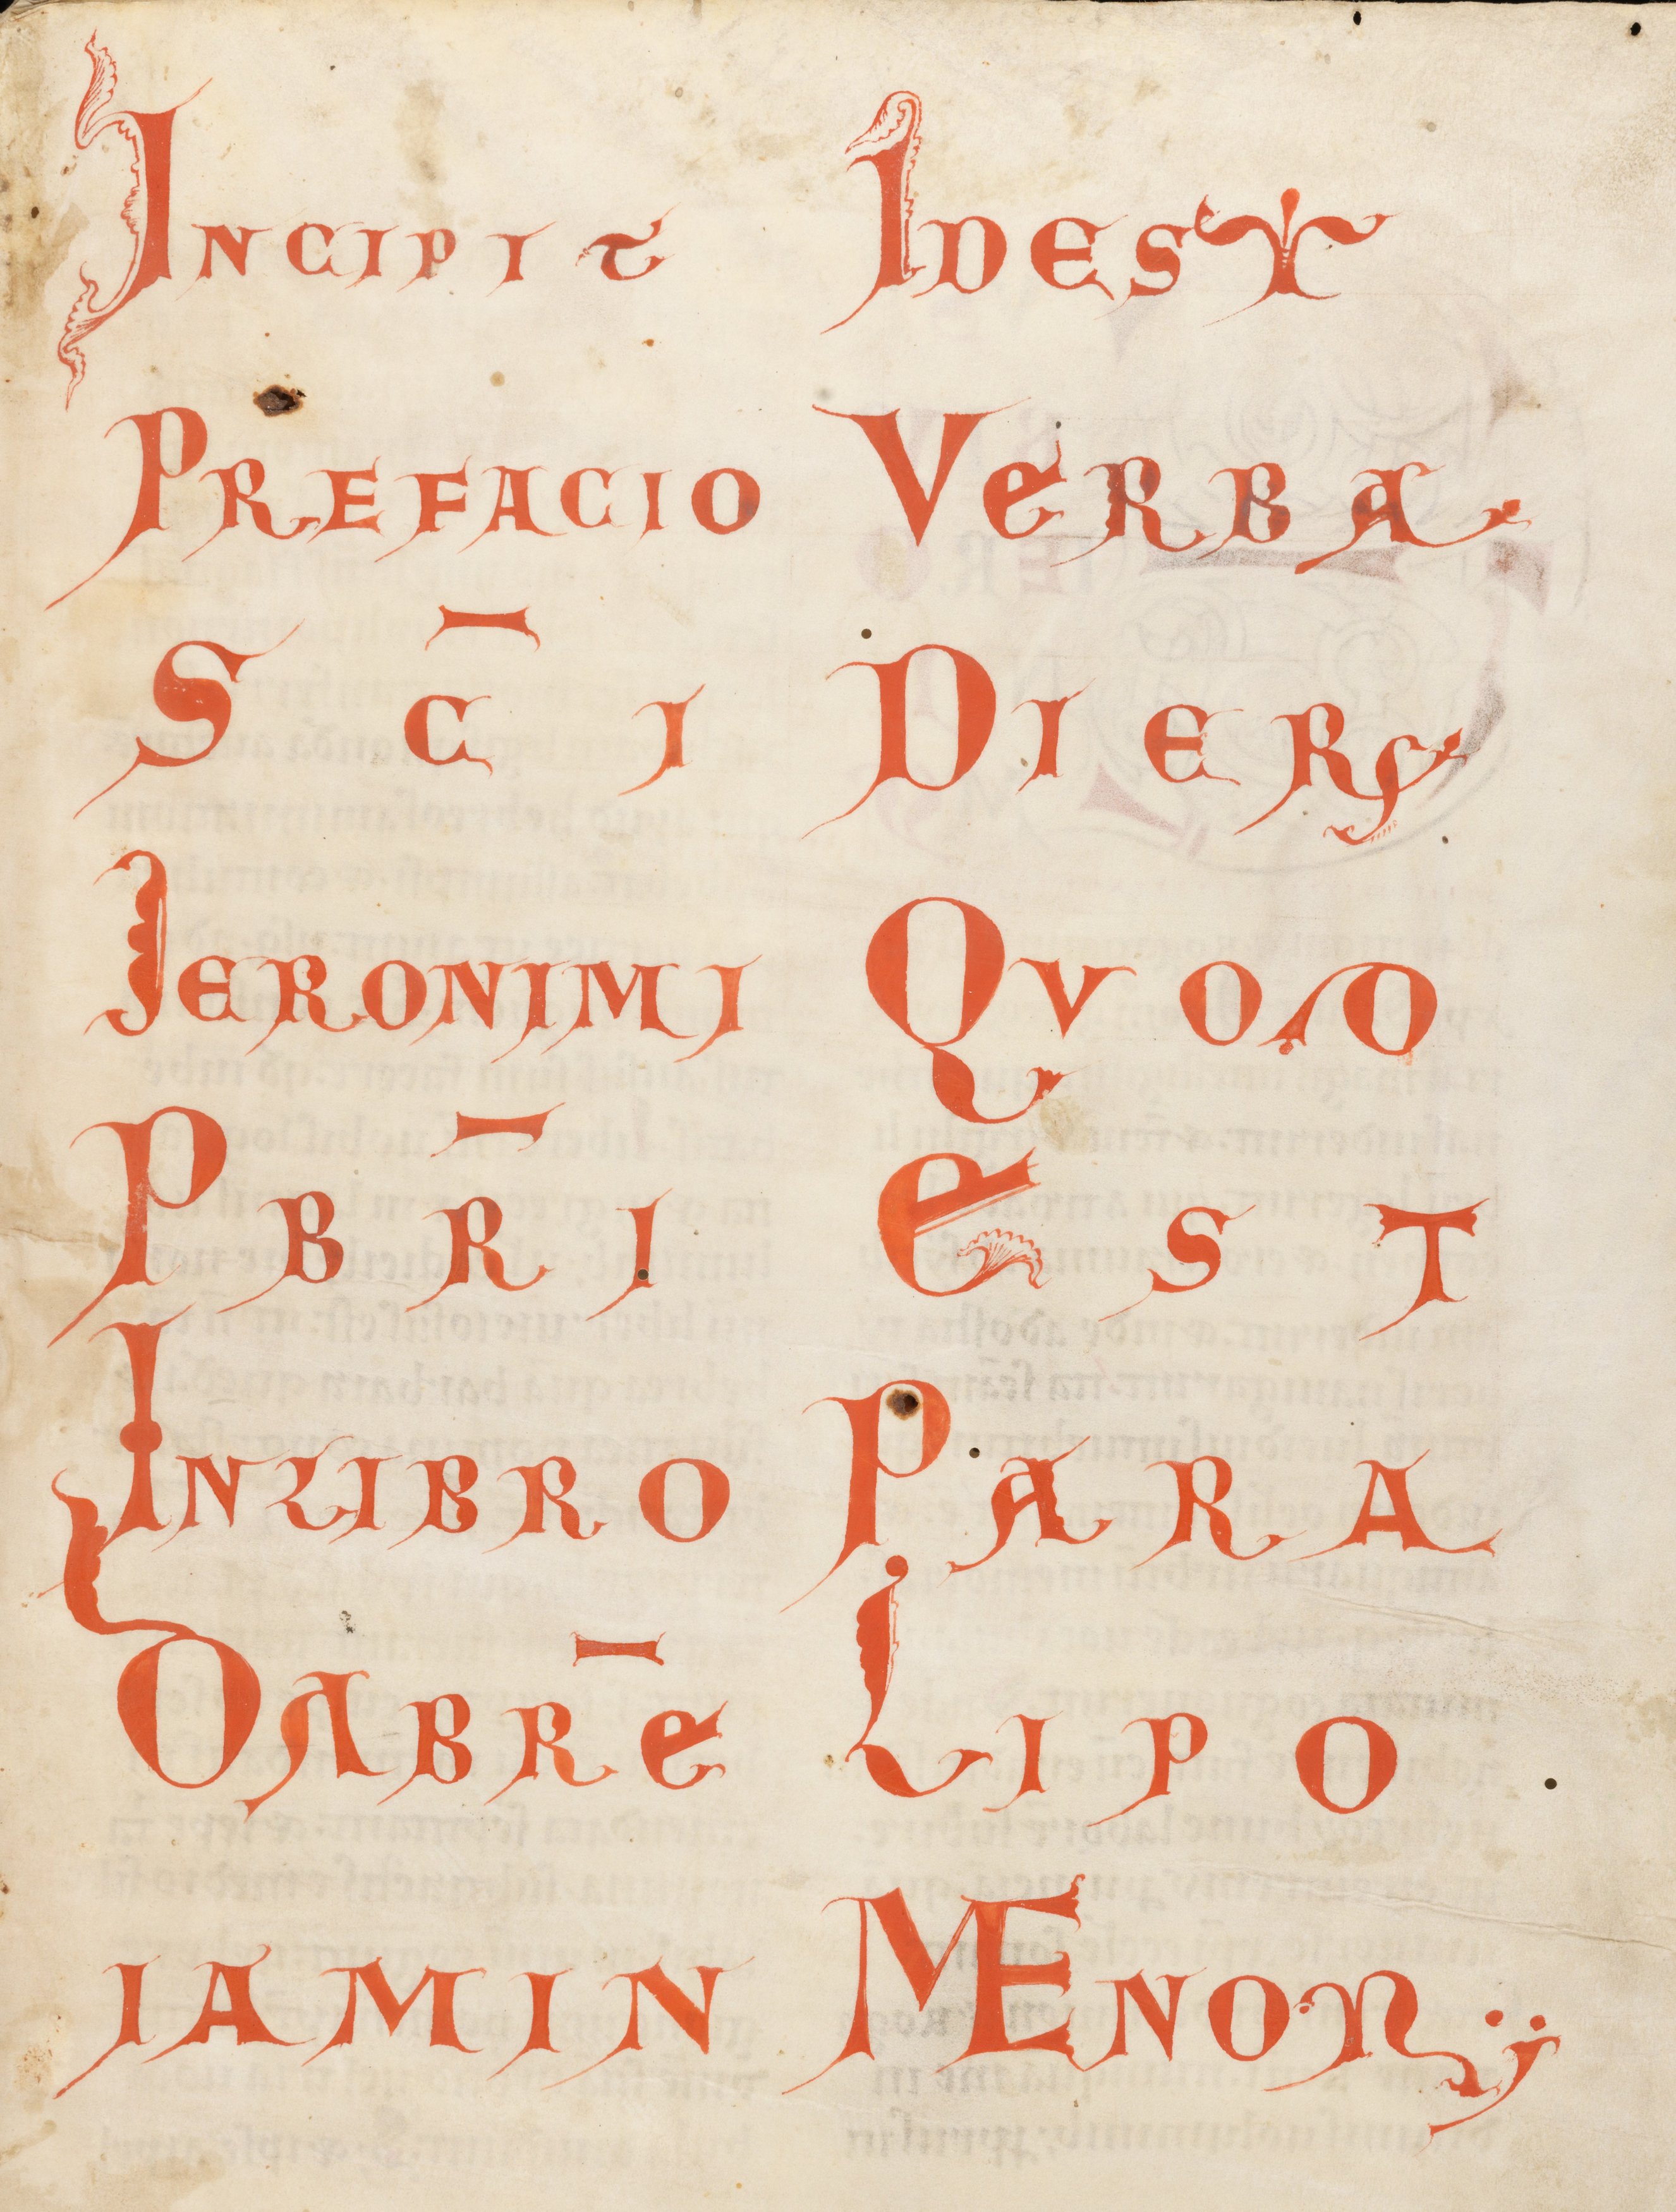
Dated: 1100–1199